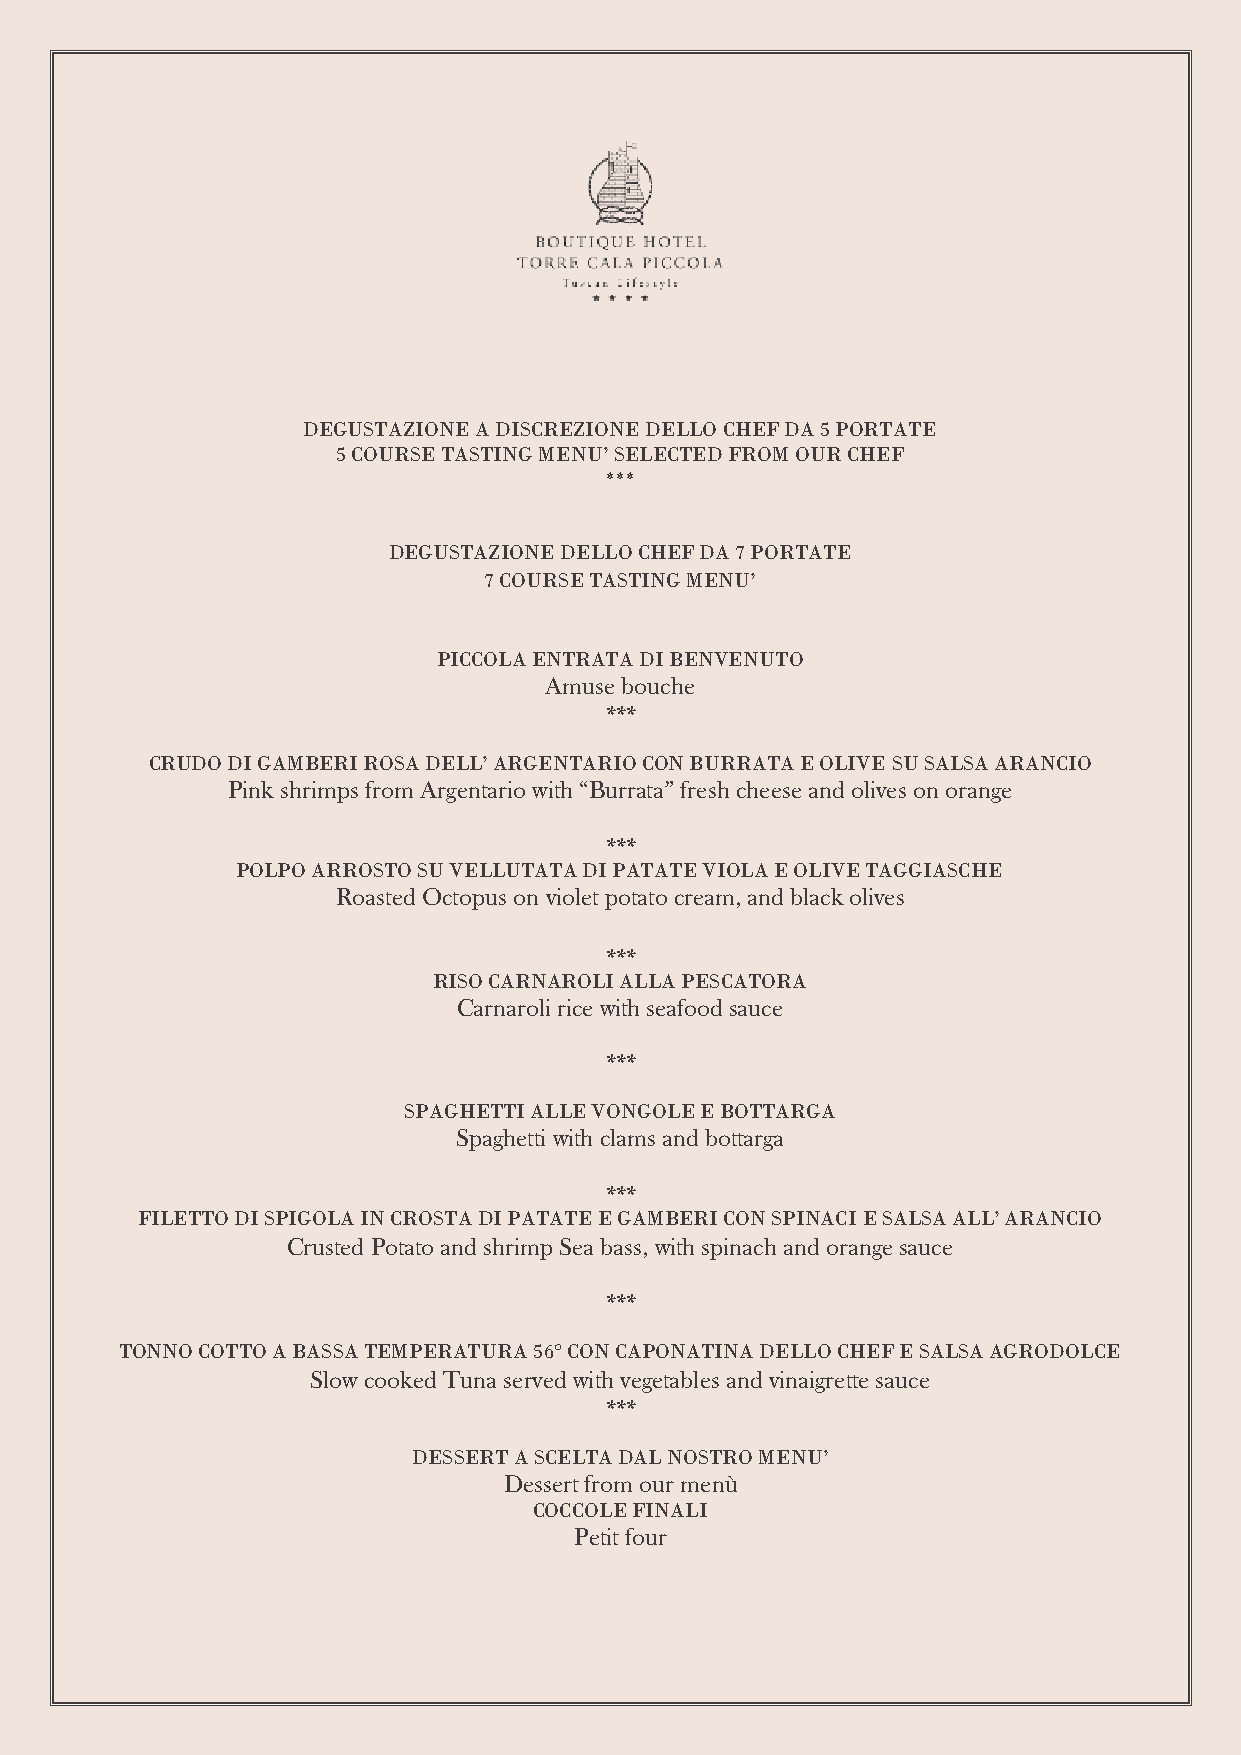
DEGUSTAZIONE A DISCREZIONE DELLO CHEF DA 5 PORTATE
 5 COURSE TASTING MENU’ SELECTED FROM OUR CHEF
 ***
 DEGUSTAZIONE DELLO CHEF DA 7 PORTATE
 7 COURSE TASTING MENU’
 PICCOLA ENTRATA DI BENVENUTO
 Amuse bouche
 ***
 CRUDO DI GAMBERI ROSA DELL’ ARGENTARIO CON BURRATA E OLIVE SU SALSA ARANCIO
 Pink shrimps from Argentario with “Burrata” fresh cheese and olives on orange
 ***
 POLPO ARROSTO SU VELLUTATA DI PATATE VIOLA E OLIVE TAGGIASCHE
 Roasted Octopus on violet potato cream, and black olives
 ***
 RISO CARNAROLI ALLA PESCATORA
 Carnaroli rice with seafood sauce
 ***
 SPAGHETTI ALLE VONGOLE E BOTTARGA
 Spaghetti with clams and bottarga
 ***
 FILETTO DI SPIGOLA IN CROSTA DI PATATE E GAMBERI CON SPINACI E SALSA ALL’ ARANCIO
 Crusted Potato and shrimp Sea bass, with spinach and orange sauce
 ***
 TONNO COTTO A BASSA TEMPERATURA 56° CON CAPONATINA DELLO CHEF E SALSA AGRODOLCE
 Slow cooked Tuna served with vegetables and vinaigrette sauce
 ***
 DESSERT A SCELTA DAL NOSTRO MENU’
 Dessert from our menù
 COCCOLE FINALI
 Petit four